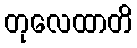
တုလေထာတိ